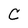
Character: N